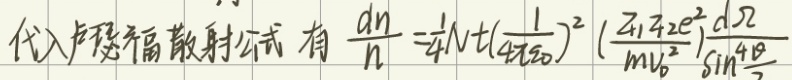
代入卢瑟福散射公式有\(\frac{dn}{n}=\frac{1}{4}Nt(\frac{1}{4\pi\varepsilon_{0}})^{2}(\frac{Z_{1}Z_{2}e^{2}}{mv_{0}^{2}})\frac{d\Omega}{\sin^{4}\frac{\theta}{2}}\) 。